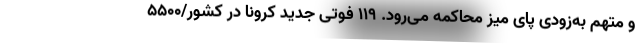
و متهم به‌زودی پای میز محاکمه می‌رود. ۱۱۹ فوتی جدید کرونا در کشور/۵۵۰۰